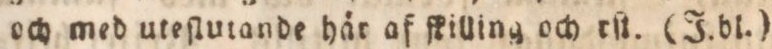
och med uteſlutande här af ſkilling och rſt. (J. bl.)